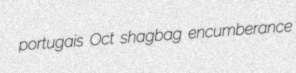
portugais Oct shagbag encumberance